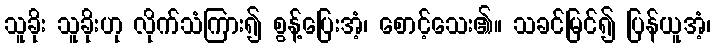
သူခိုး သူခိုးဟု လိုက်သံကြား၍ စွန့်ပြေးအံ့၊ စောင့်သေး၏။ သခင်မြင်၍ ပြန်ယူအံ့၊